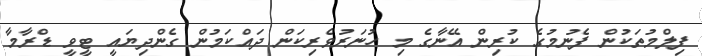
ފިލްމުތަކުން ފެނުމުގެ ކުރިން އޭނާގެ މި ހުނަރުވެރިކަން ދައްކަމުން ގެންދިޔައީ ޓީވީ ޑްރާމާ